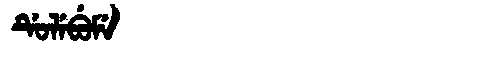
Manchu: ᡩᡠᠯᡝᠪᡠᠮᡝ
Romanization: DULEBUME